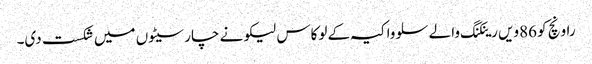
راونچ کو 86ویں رینکنگ والے سلوواکیہ کے لوکاس لیکو نے چار سیٹوں میں شکست دی۔